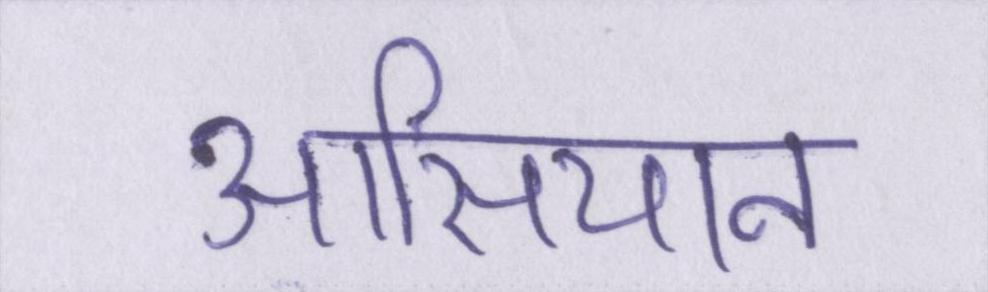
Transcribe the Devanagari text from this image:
आसियान